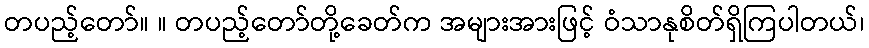
တပည့်တော်။ ။ တပည့်တော်တို့ခေတ်က အများအားဖြင့် ဝံသာနုစိတ်ရှိကြပါတယ်၊